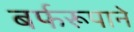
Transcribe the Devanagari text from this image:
बर्फरूपाने